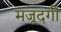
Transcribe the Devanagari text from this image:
मजूदगी